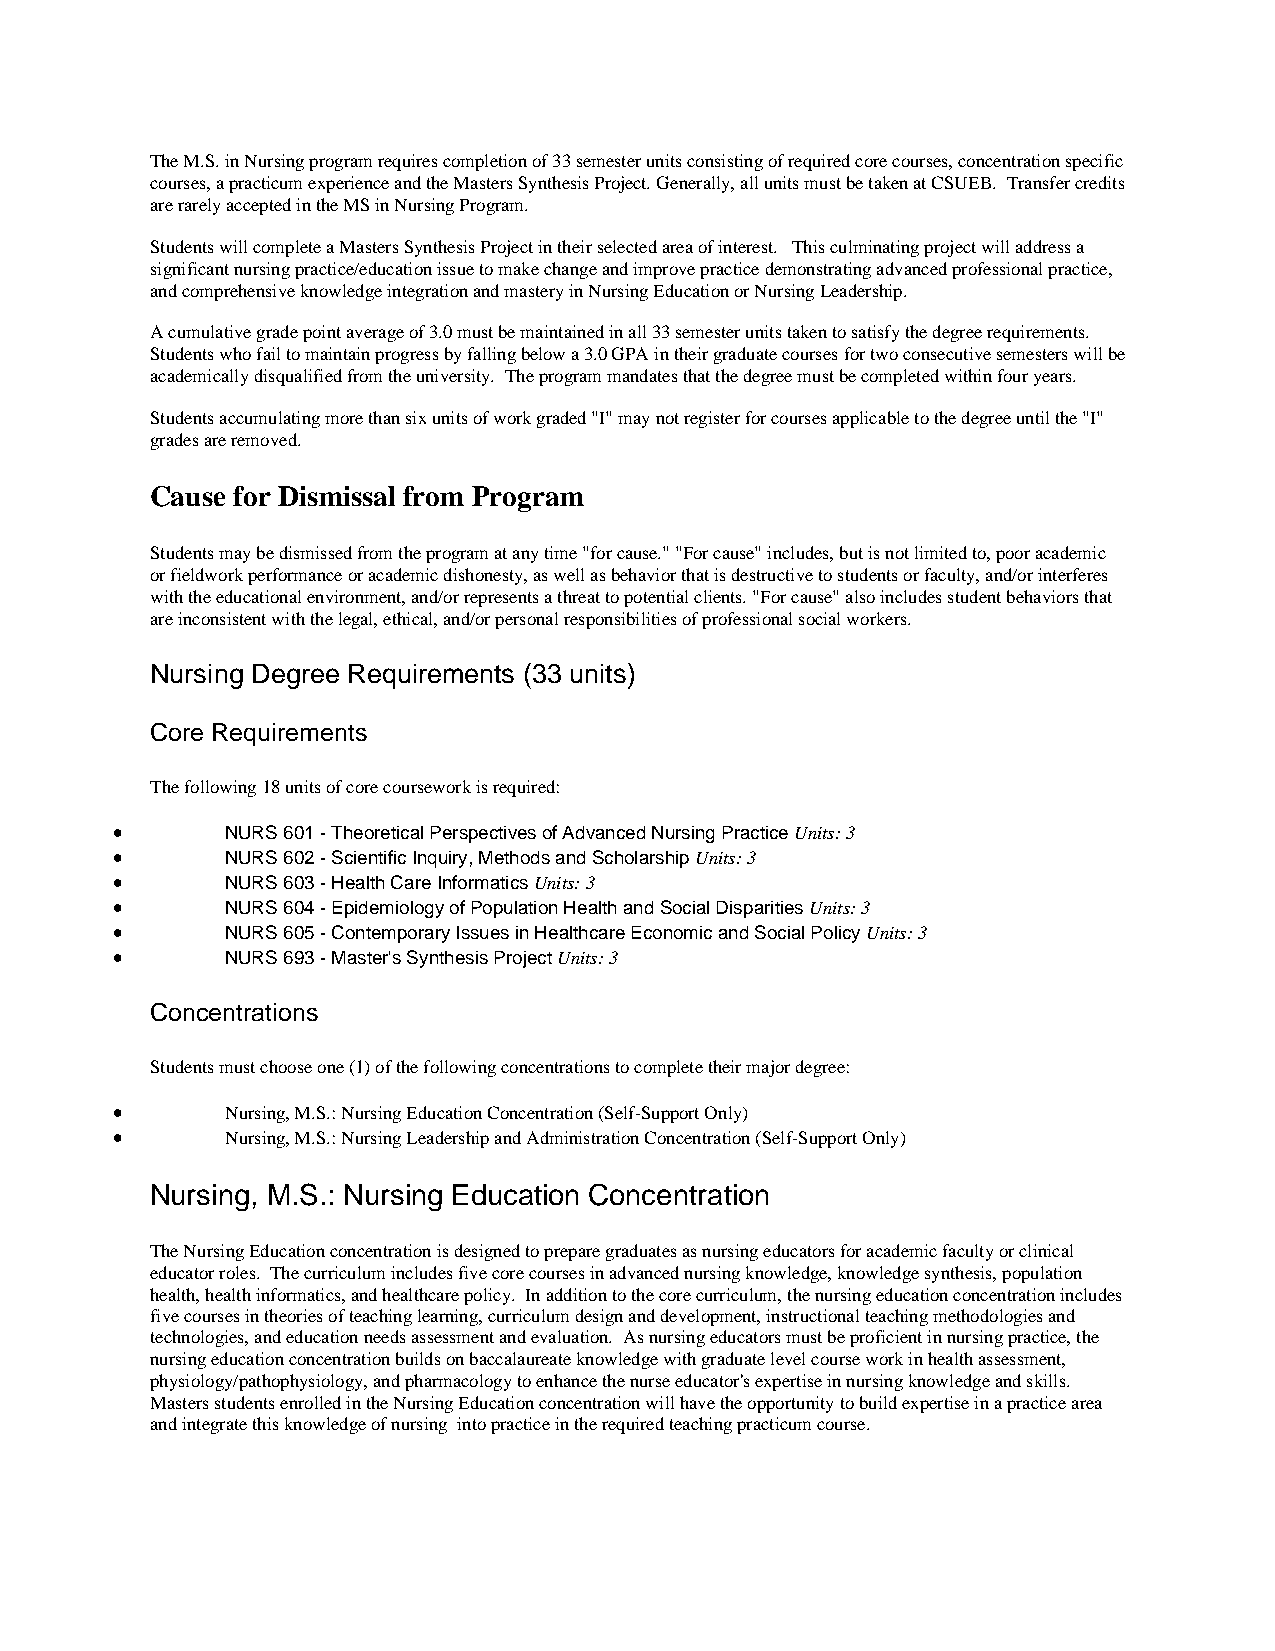
The M.S. in Nursing program requires completion of 33 semester units consisting of required core courses, concentration specific
 courses, a practicum experience and the Masters Synthesis Project. Generally, all units must be taken at CSUEB. Transfer credits
 are rarely accepted in the MS in Nursing Program.
 Students will complete a Masters Synthesis Project in their selected area of interest. This culminating project will address a
 significant nursing practice/education issue to make change and improve practice demonstrating advanced professional practice,
 and comprehensive knowledge integration and mastery in Nursing Education or Nursing Leadership.
 A cumulative grade point average of 3.0 must be maintained in all 33 semester units taken to satisfy the degree requirements.
 Students who fail to maintain progress by falling below a 3.0 GPA in their graduate courses for two consecutive semesters will be
 academically disqualified from the university. The program mandates that the degree must be completed within four years.
 Students accumulating more than six units of work graded "I" may not register for courses applicable to the degree until the "I"
 grades are removed.
 Cause for Dismissal from Program
 Students may be dismissed from the program at any time "for cause." "For cause" includes, but is not limited to, poor academic
 or fieldwork performance or academic dishonesty, as well as behavior that is destructive to students or faculty, and/or interferes
 with the educational environment, and/or represents a threat to potential clients. "For cause" also includes student behaviors that
 are inconsistent with the legal, ethical, and/or personal responsibilities of professional social workers.
 Nursing Degree Requirements (33 units)
 Core Requirements
 The following 18 units of core coursework is required:
 •       NURS 601 - Theoretical Perspectives of Advanced Nursing Practice Units: 3
 •       NURS 602 - Scientific Inquiry, Methods and Scholarship Units: 3
 •       NURS 603 - Health Care Informatics Units: 3
 •       NURS 604 - Epidemiology of Population Health and Social Disparities Units: 3
 •       NURS 605 - Contemporary Issues in Healthcare Economic and Social Policy Units: 3
 •       NURS 693 - Master's Synthesis Project Units: 3
 Concentrations
 Students must choose one (1) of the following concentrations to complete their major degree:
 •       Nursing, M.S.: Nursing Education Concentration (Self-Support Only)
 •       Nursing, M.S.: Nursing Leadership and Administration Concentration (Self-Support Only)
 Nursing, M.S.: Nursing Education Concentration
 The Nursing Education concentration is designed to prepare graduates as nursing educators for academic faculty or clinical
 educator roles. The curriculum includes five core courses in advanced nursing knowledge, knowledge synthesis, population
 health, health informatics, and healthcare policy. In addition to the core curriculum, the nursing education concentration includes
 five courses in theories of teaching learning, curriculum design and development, instructional teaching methodologies and
 technologies, and education needs assessment and evaluation. As nursing educators must be proficient in nursing practice, the
 nursing education concentration builds on baccalaureate knowledge with graduate level course work in health assessment,
 physiology/pathophysiology, and pharmacology to enhance the nurse educator's expertise in nursing knowledge and skills.
 Masters students enrolled in the Nursing Education concentration will have the opportunity to build expertise in a practice area
 and integrate this knowledge of nursing into practice in the required teaching practicum course.